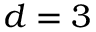
d = 3